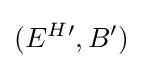
(E^{H}{}',B')